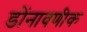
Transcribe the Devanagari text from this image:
डोंनावणीक